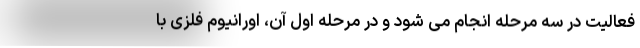
فعالیت در سه مرحله انجام می شود و در مرحله اول آن، اورانیوم فلزی با